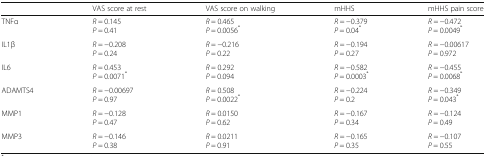
<table><thead><tr><td></td><td><b>VAS score at rest</b></td><td><b>VAS score on walking</b></td><td><b>mHHS</b></td><td><b>mHHS pain score</b></td></tr></thead><tbody><tr><td>TNFα</td><td><i>R</i> = 0.145<i>P</i> = 0.41</td><td><i>R</i> = 0.465<i>P</i> = 0.0056<sup>*</sup></td><td><i>R</i> = −0.379<i>P</i> = 0.04<sup>*</sup></td><td><i>R</i> = −0.472<i>P</i> = 0.0049<sup>*</sup></td></tr><tr><td>IL1β</td><td><i>R</i> = −0.208<i>P</i> = 0.24</td><td><i>R</i> = −0.216<i>P</i> = 0.22</td><td><i>R</i> = −0.194<i>P</i> = 0.27</td><td><i>R</i> = −0.00617<i>P</i> = 0.972</td></tr><tr><td>IL6</td><td><i>R</i> = 0.453<i>P</i> = 0.0071<sup>*</sup></td><td><i>R</i> = 0.292<i>P</i> = 0.094</td><td><i>R</i> = −0.582<i>P</i> = 0.0003<sup>*</sup></td><td><i>R</i> = −0.455<i>P</i> = 0.0068<sup>*</sup></td></tr><tr><td>ADAMTS4</td><td><i>R</i> = −0.00697<i>P</i> = 0.97</td><td><i>R</i> = 0.508<i>P</i> = 0.0022<sup>*</sup></td><td><i>R</i> = −0.224<i>P</i> = 0.2</td><td><i>R</i> = −0.349<i>P</i> = 0.043<sup>*</sup></td></tr><tr><td>MMP1</td><td><i>R</i> = −0.128<i>P</i> = 0.47</td><td><i>R</i> = 0.0150<i>P</i> = 0.62</td><td><i>R</i> = −0.167<i>P</i> = 0.34</td><td><i>R</i> = −0.124<i>P</i> = 0.49</td></tr><tr><td>MMP3</td><td><i>R</i> = −0.146<i>P</i> = 0.38</td><td><i>R</i> = 0.0211<i>P</i> = 0.91</td><td><i>R</i> = −0.165<i>P</i> = 0.35</td><td><i>R</i> = −0.107<i>P</i> = 0.55</td></tr></tbody></table>